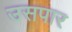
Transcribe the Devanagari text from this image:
उसपार